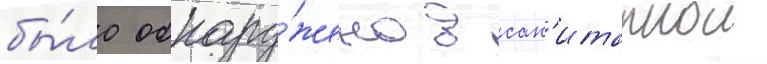
бы́ло обнару́жено в сан'итарнои